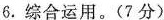
6.综合运用。(7分)